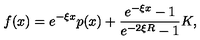
f ( x ) = e ^ { - \xi x } p ( x ) + \frac { e ^ { - \xi x } - 1 } { e ^ { - 2 \xi R } - 1 } K ,